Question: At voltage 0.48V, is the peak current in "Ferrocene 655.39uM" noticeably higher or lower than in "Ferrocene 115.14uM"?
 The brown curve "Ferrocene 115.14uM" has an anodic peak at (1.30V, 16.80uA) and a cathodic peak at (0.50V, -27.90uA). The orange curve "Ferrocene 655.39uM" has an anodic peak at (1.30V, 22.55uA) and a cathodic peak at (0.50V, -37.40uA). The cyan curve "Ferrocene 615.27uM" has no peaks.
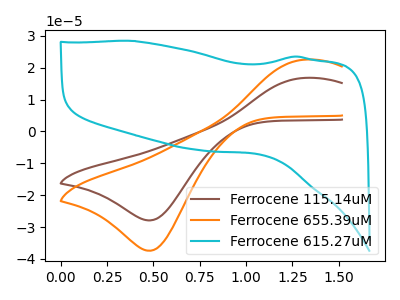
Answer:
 <answer>The peak at 0.48V is higher in "Ferrocene 655.39uM" than in "Ferrocene 115.14uM".</answer>
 <eval>higher</eval>